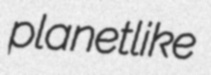
planetlike